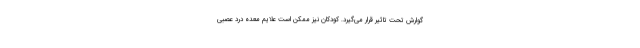
گوارش تحت تاثیر قرار می‌گیرد. کودکان نیز ممکن است علایم معده درد عصبی